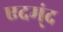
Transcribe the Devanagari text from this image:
एदम्ंद